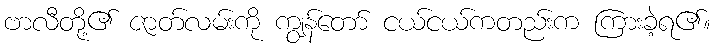
ဗာလီတို့၏ ဇာတ်လမ်းကို ကျွန်တော် ငယ်ငယ်ကတည်းက ကြားခဲ့ရ၏။